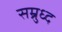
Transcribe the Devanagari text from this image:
सम्रुध्द